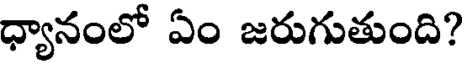
ధ్యానంలో ఏం జరుగుతుంది?